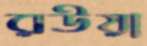
রউয়া